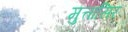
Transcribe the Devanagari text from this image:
मुत्तासिर